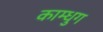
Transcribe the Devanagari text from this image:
काम्धुग